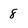
Character: 8